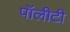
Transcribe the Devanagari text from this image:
पॉलीटी